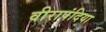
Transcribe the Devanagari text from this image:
वीरापंदिया